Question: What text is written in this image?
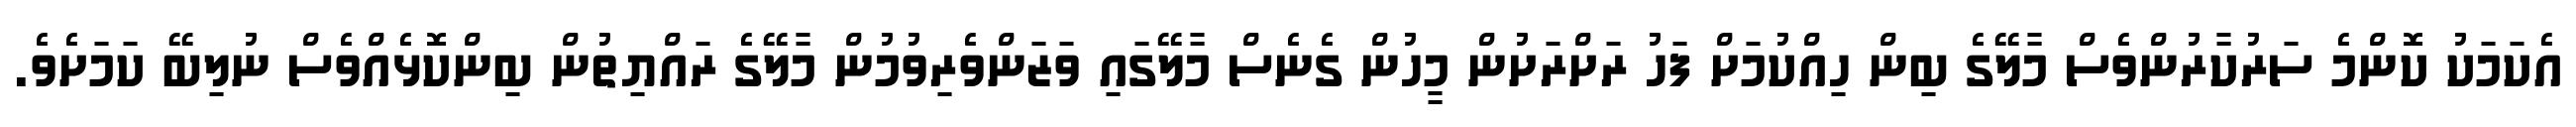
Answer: އެކަމަކު ކޮންމެ ސަރުކާރުންވެސް މާލޭގެ ބިން ހިއްކުމަށް ފަހު ރަށްރަށުން މީހުން ގެނެސް މާލޭގައި ވަޒަންވެރިވުމުން މާލޭގެ ރައްޔިތުން ބިންކޮޅެއްވެސް ނުލިބޭ ކަމަށެވެ.